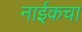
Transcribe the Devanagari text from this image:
नाईकचा